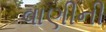
વાણીની